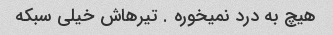
هیچ به درد نمیخوره . تیرهاش خیلی سبکه